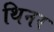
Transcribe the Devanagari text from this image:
थिनर